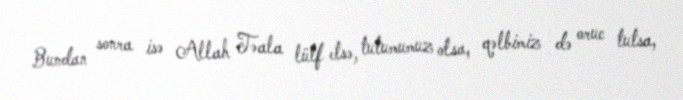
Bundan sonra isə Allah Təala lütf etsə, tutumumuz olsa, qəlbimiz də oruc tutsa,